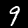
Label: 9